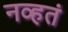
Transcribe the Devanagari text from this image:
नव्‍हतं